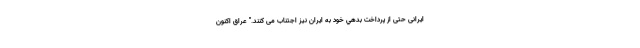
ایرانی حتی از پرداخت بدهي خود به ایران نیز اجتناب می کنند." عراق اکنون